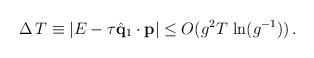
LaTeX: \begin{align*}\Delta \, T \equiv |E - \tau \hat{{\bf q}}_1 \cdot {\bf p}| \leq O (g^2 T \, \ln (g^{-1 })) \, . \end{align*}